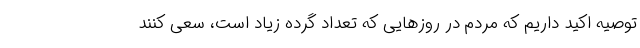
توصیه اکید داریم که مردم در روزهایی که تعداد گرده زیاد است، سعی کنند